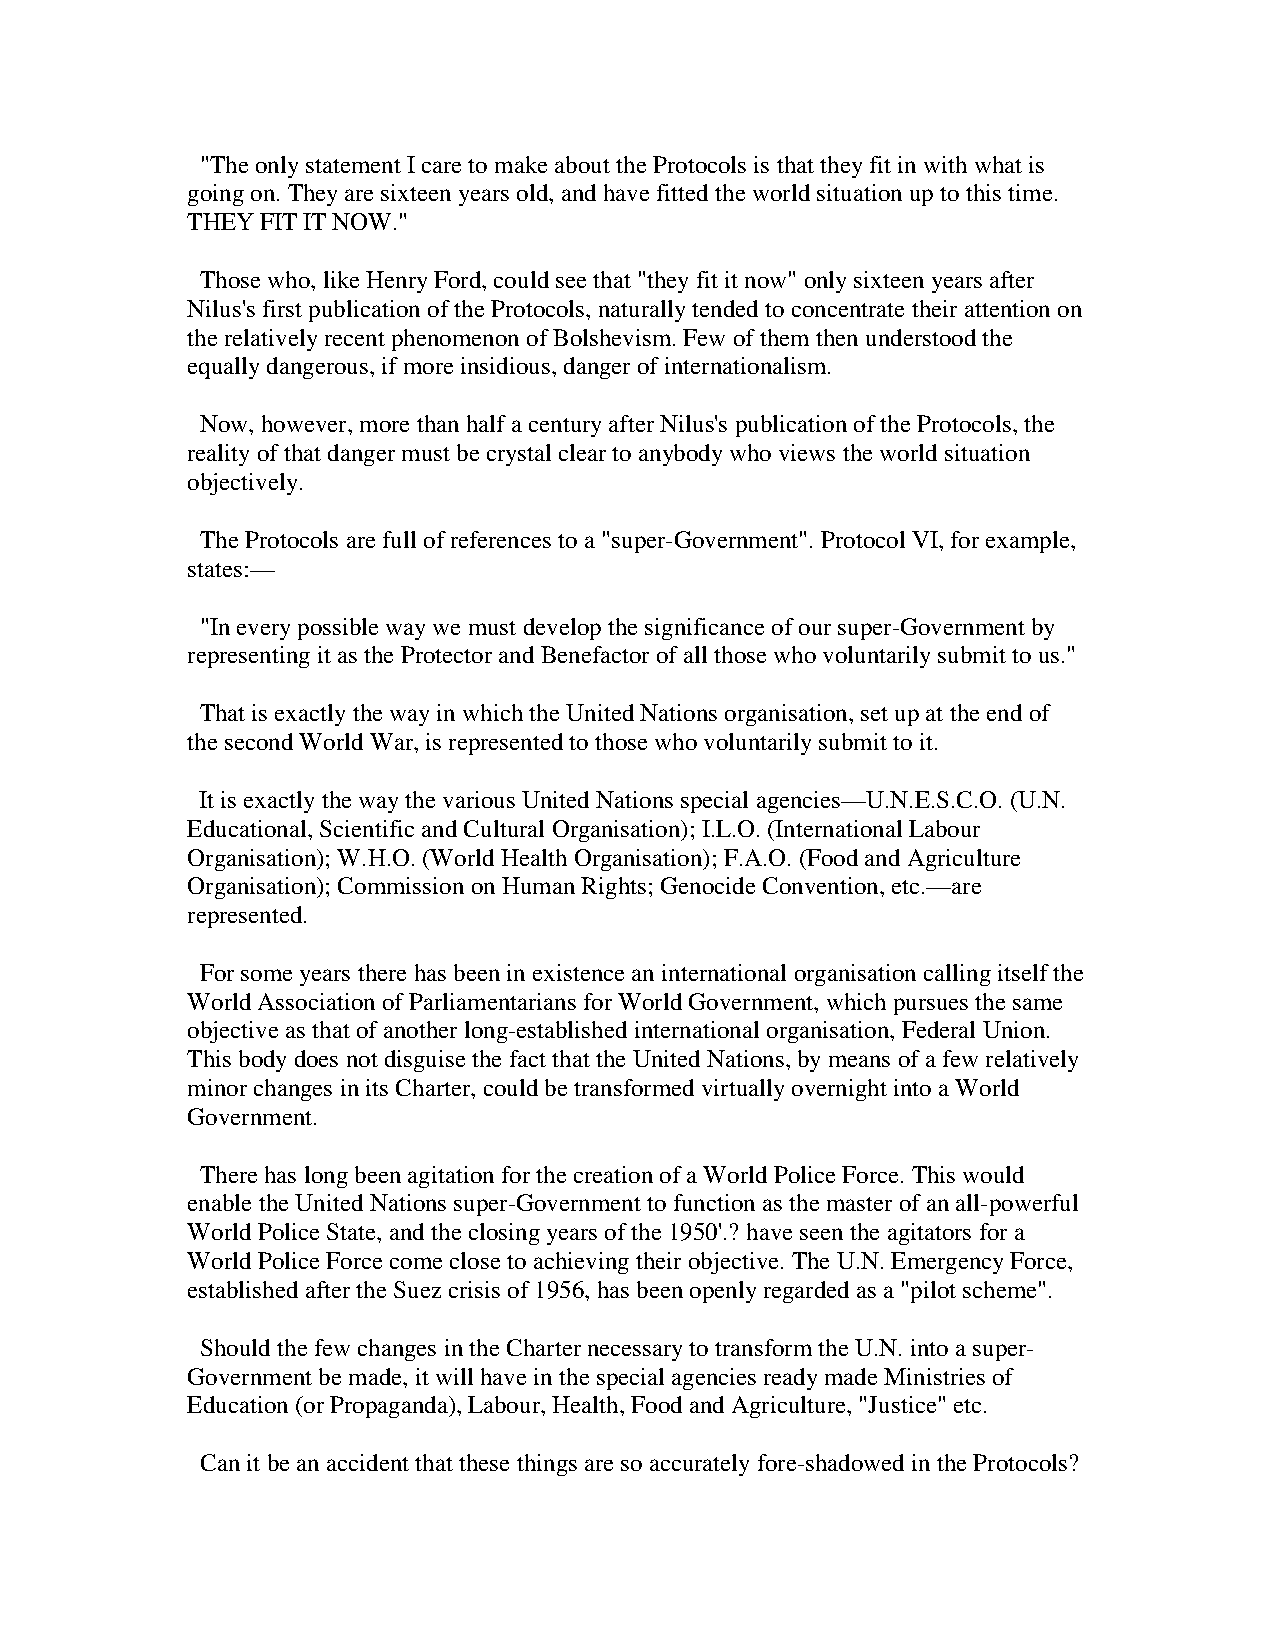
"The only statement I care to make about the Protocols is that they fit in with what is
 going on. They are sixteen years old, and have fitted the world situation up to this time.
 THEY FIT IT NOW."
 Those who, like Henry Ford, could see that "they fit it now" only sixteen years after
 Nilus's first publication of the Protocols, naturally tended to concentrate their attention on
 the relatively recent phenomenon of Bolshevism. Few of them then understood the
 equally dangerous, if more insidious, danger of internationalism.
 Now, however, more than half a century after Nilus's publication of the Protocols, the
 reality of that danger must be crystal clear to anybody who views the world situation
 objectively.
 The Protocols are full of references to a "super-Government". Protocol VI, for example,
 states:—
 "In every possible way we must develop the significance of our super-Government by
 representing it as the Protector and Benefactor of all those who voluntarily submit to us."
 That is exactly the way in which the United Nations organisation, set up at the end of
 the second World War, is represented to those who voluntarily submit to it.
 It is exactly the way the various United Nations special agencies—U.N.E.S.C.O. (U.N.
 Educational, Scientific and Cultural Organisation); I.L.O. (International Labour
 Organisation); W.H.O. (World Health Organisation); F.A.O. (Food and Agriculture
 Organisation); Commission on Human Rights; Genocide Convention, etc.—are
 represented.
 For some years there has been in existence an international organisation calling itself the
 World Association of Parliamentarians for World Government, which pursues the same
 objective as that of another long-established international organisation, Federal Union.
 This body does not disguise the fact that the United Nations, by means of a few relatively
 minor changes in its Charter, could be transformed virtually overnight into a World
 Government.
 There has long been agitation for the creation of a World Police Force. This would
 enable the United Nations super-Government to function as the master of an all-powerful
 World Police State, and the closing years of the 1950'.? have seen the agitators for a
 World Police Force come close to achieving their objective. The U.N. Emergency Force,
 established after the Suez crisis of 1956, has been openly regarded as a "pilot scheme".
 Should the few changes in the Charter necessary to transform the U.N. into a super-
 Government be made, it will have in the special agencies ready made Ministries of
 Education (or Propaganda), Labour, Health, Food and Agriculture, "Justice" etc.
 Can it be an accident that these things are so accurately fore-shadowed in the Protocols?